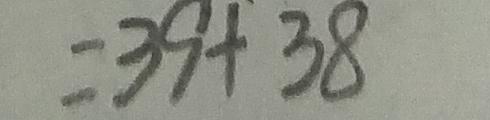
= 3 9 + 3 8